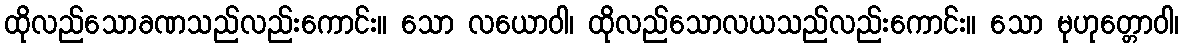
ထိုလည်သောခဏသည်လည်းကောင်း။ သော လယောဝါ၊ ထိုလည်သောလယသည်လည်းကောင်း။ သော မုဟုတ္တောဝါ၊